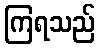
ကြရသည်